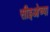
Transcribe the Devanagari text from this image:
सीइओच्या